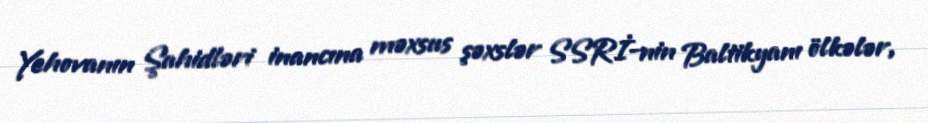
Yehovanın Şahidləri inancına məxsus şəxslər SSRİ-nin Baltikyanı ölkələr,